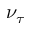
\nu _ { \tau }